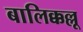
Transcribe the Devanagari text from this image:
बालिक्कल्लू